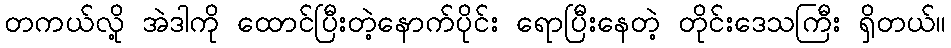
တကယ်လို့ အဲဒါကို ထောင်ပြီးတဲ့နောက်ပိုင်း ရောပြီးနေတဲ့ တိုင်းဒေသကြီး ရှိတယ်။